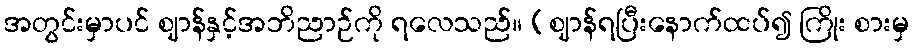
အတွင်းမှာပင် ဈာန်နှင့်အဘိညာဉ်ကို ရလေသည်။ (ဈာန်ရပြီးနောက်ထပ်၍ ကြိုး စားမှ